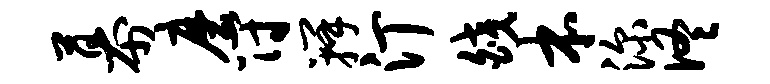
幕磨符瓣汀皎本深佟